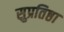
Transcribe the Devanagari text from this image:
सुप्रतिष्ठा